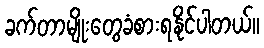
ခက်တာမျိုးတွေခံစားရနိုင်ပါတယ်။